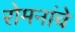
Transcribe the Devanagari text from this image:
रोमनांचे